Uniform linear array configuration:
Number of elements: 4
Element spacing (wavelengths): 0.25
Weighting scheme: hann
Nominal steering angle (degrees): -60
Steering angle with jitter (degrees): -59.4
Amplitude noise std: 0.05
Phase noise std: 0.05

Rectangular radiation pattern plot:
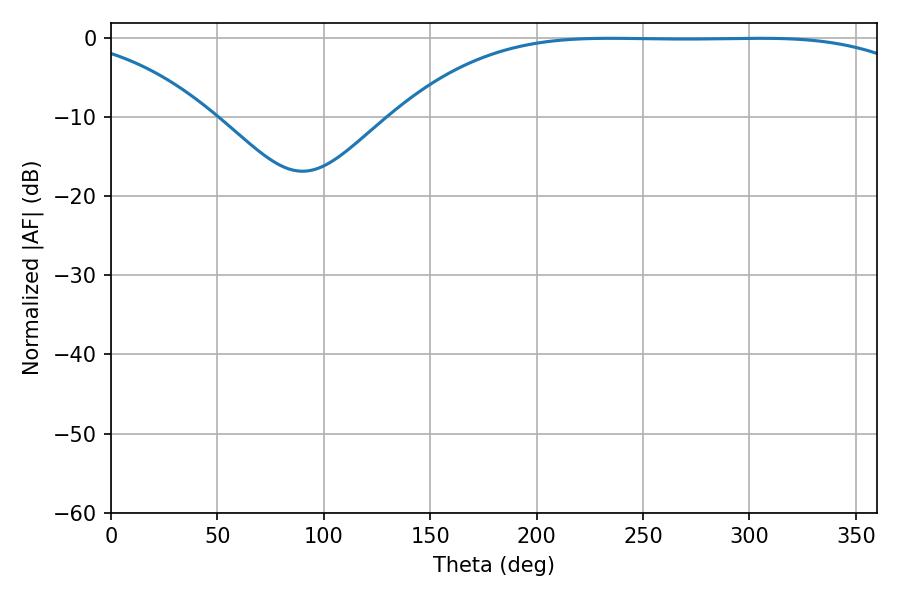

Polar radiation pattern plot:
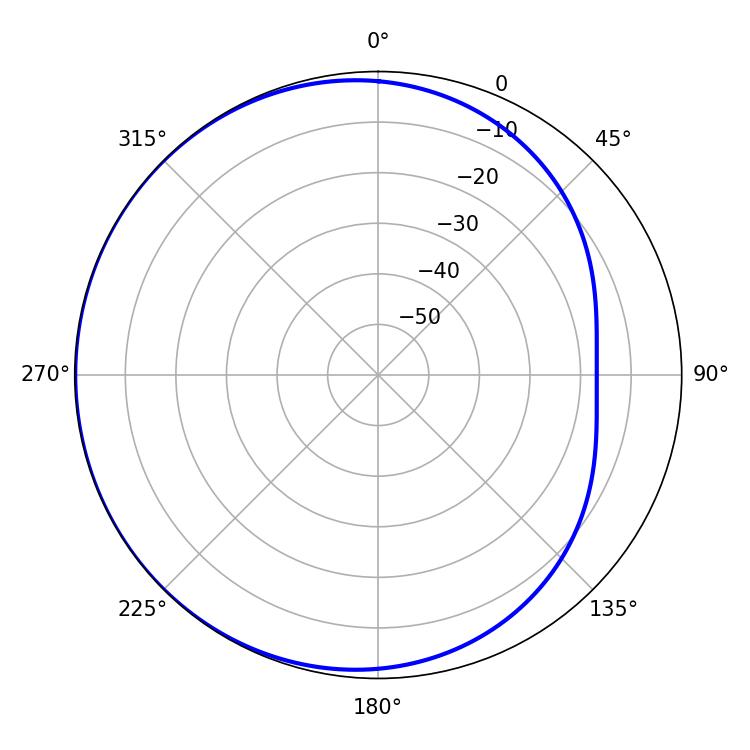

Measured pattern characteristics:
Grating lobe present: FALSE
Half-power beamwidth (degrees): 190.44
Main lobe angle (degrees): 234.72